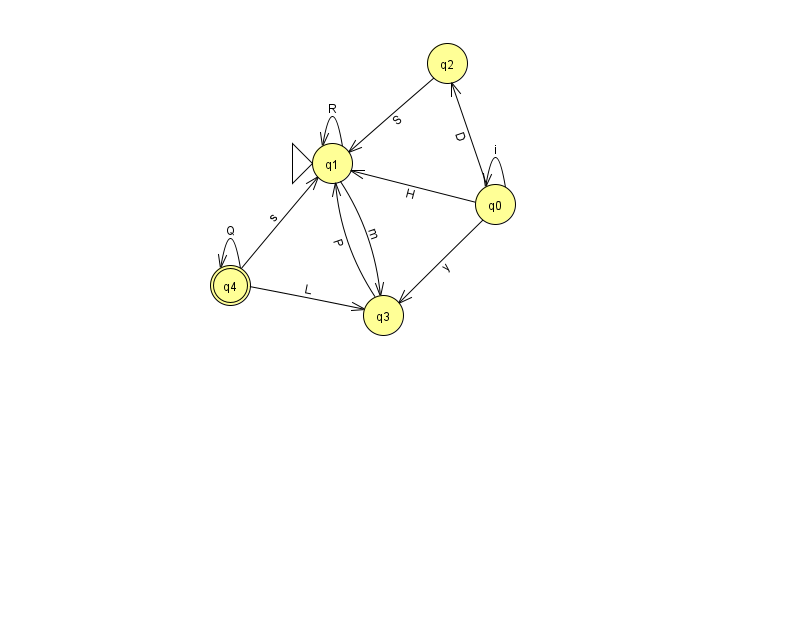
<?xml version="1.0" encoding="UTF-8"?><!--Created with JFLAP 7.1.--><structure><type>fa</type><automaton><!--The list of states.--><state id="0" name="q0"><x>495.0</x><y>191.0</y></state><state id="1" name="q1"><x>332.0</x><y>150.0</y><initial/></state><state id="2" name="q2"><x>447.0</x><y>50.0</y></state><state id="3" name="q3"><x>383.0</x><y>302.0</y></state><state id="4" name="q4"><x>230.0</x><y>272.0</y><final/></state><!--The list of transitions.--><transition><from>4</from><to>4</to><read>Q</read></transition><transition><from>1</from><to>1</to><read>R</read></transition><transition><from>0</from><to>2</to><read>D</read></transition><transition><from>4</from><to>1</to><read>s</read></transition><transition><from>3</from><to>1</to><read>P</read></transition><transition><from>2</from><to>1</to><read>S</read></transition><transition><from>0</from><to>0</to><read>i</read></transition><transition><from>0</from><to>1</to><read>H</read></transition><transition><from>1</from><to>3</to><read>m</read></transition><transition><from>0</from><to>3</to><read>y</read></transition><transition><from>4</from><to>3</to><read>L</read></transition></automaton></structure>